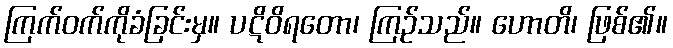
ကြက်ဝက်ကိုခံခြင်းမှ။ ပဋိဝိရတော၊ ကြဉ်သည်။ ဟောတိ၊ ဖြစ်၏။